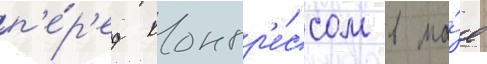
п'е́р'ед конгр'е́ссом в ма́е